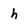
Character: h